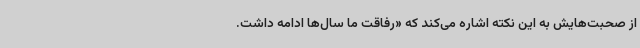
از صحبت‌هایش به این نکته اشاره می‌کند که «رفاقت ما سال‌ها ادامه داشت.